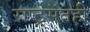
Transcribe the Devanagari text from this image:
राष्ट्रसंतही